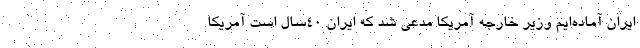
ایران آماده‌ایم وزیر خارجه آمریکا مدعی شد که ایران ۴۰سال است آمریکا